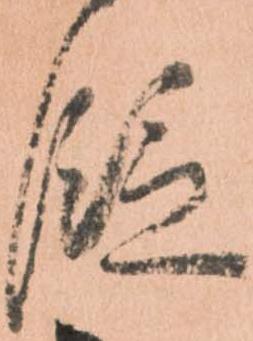
段